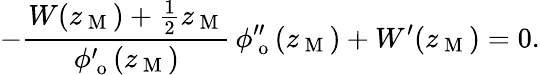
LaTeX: -\frac{W(z_{\mathrm{~M~}})+\frac{1}{2}z_{\mathrm{~M~}}}{\phi_{\mathrm{~o~}}^{\prime}(z_{\mathrm{~M~}})}\, \phi_{\mathrm{~o~}}^{\prime\prime}(z_{\mathrm{~M~}})+W^{\prime}(z_{\mathrm{~M~}})=0.